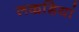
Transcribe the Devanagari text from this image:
लकडि़यां